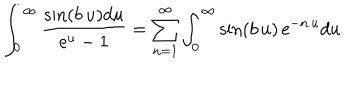
\int _ { 0 } ^ { \infty } { \frac { \sin ( b \, u ) d u } { \mathrm { e } ^ { u } - 1 } } = \sum _ { n = 1 } ^ { \infty } \int _ { 0 } ^ { \infty } \sin ( b \, u ) \, \mathrm { e } ^ { - n \, u } d u